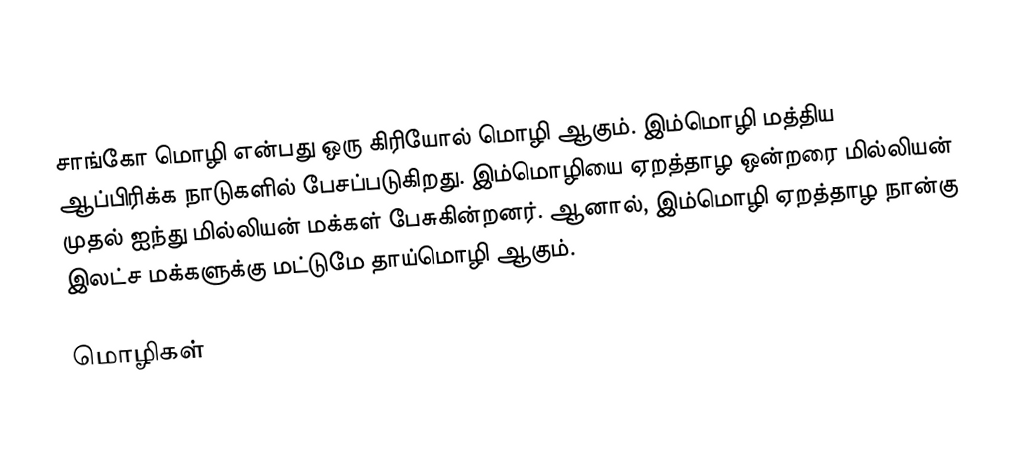
சாங்கோ மொழி என்பது ஒரு கிரியோல் மொழி ஆகும். இம்மொழி மத்திய ஆப்பிரிக்க நாடுகளில் பேசப்படுகிறது. இம்மொழியை ஏறத்தாழ ஒன்றரை மில்லியன் முதல் ஐந்து மில்லியன் மக்கள் பேசுகின்றனர். ஆனால், இம்மொழி ஏறத்தாழ நான்கு இலட்ச மக்களுக்கு மட்டுமே தாய்மொழி ஆகும்.

மொழிகள்